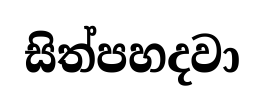
සිත්පහදවා